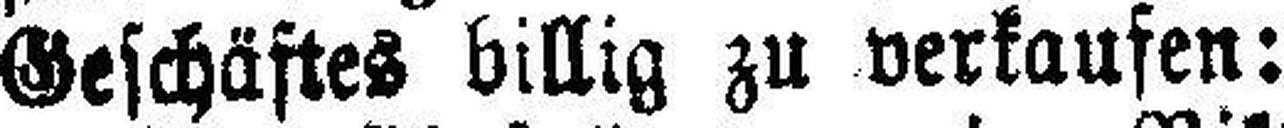
Geschäftes billig zu verkaufen: